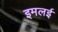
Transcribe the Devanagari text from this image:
इमलई